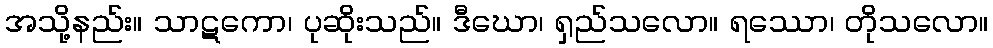
အသို့နည်း။ သာဋကော၊ ပုဆိုးသည်။ ဒီဃော၊ ရှည်သလော။ ရဿော၊ တိုသလော။